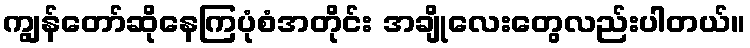
ကျွန်တော်ဆိုနေကြပုံစံအတိုင်း အချိုလေးတွေလည်းပါတယ်။